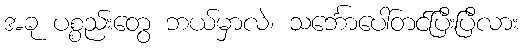
အခု ပစ္စည်းတွေ ဘယ်မှာလဲ၊ သင်္ဘောပေါ်တင်ပြီးပြီလား